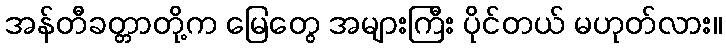
အန်တီခတ္တာတို့က မြေတွေ အများကြီး ပိုင်တယ် မဟုတ်လား။